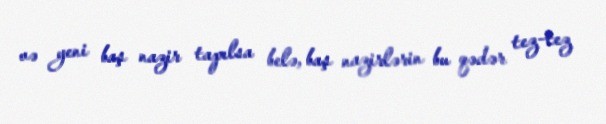
və yeni baş nazir tapılsa belə, baş nazirlərin bu qədər tez-tez